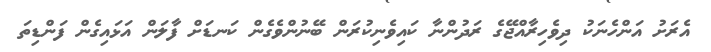
އެރަށު އަންހެނަކު ދިވެހިރާއްޖޭގެ ރަދުންނާ ކައިވެނިކުރަން ބޭނުންވެގެން ކަނޑަށް ފާލަން އަޅައިގެން ފަންޑިތަ